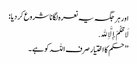
اور ہر جگہ یہ نعرہ لگانا شروع کر دیا :
لَا حُکْمَ إِلَّا ِﷲ.
’’حکم کا اختیار صرف اللہ کو ہے۔